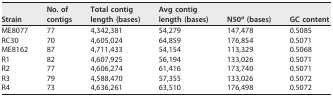
| Strain | No. of contigs | Total contig length (bases) | Avg contig length (bases) | N50a (bases) | GC content |
 | --- | --- | --- | --- | --- | --- |
 | ME8077 | 77 | 4,342,381 | 54,279 | 147,478 | 0.5085 |
 | RC30 | 70 | 4,605,024 | 64,859 | 176,854 | 0.5071 |
 | ME8162 | 87 | 4,711,433 | 54,154 | 113,329 | 0.5068 |
 | R1 | 82 | 4,607,925 | 56,194 | 133,026 | 0.5071 |
 | R2 | 77 | 4,606,274 | 61,416 | 173,740 | 0.5071 |
 | R3 | 79 | 4,588,470 | 57,355 | 133,026 | 0.5072 |
 | R4 | 73 | 4,636,261 | 63,510 | 176,498 | 0.5072 |